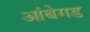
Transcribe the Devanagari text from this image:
आंबेगड